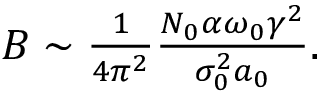
\begin{array} { r } { B \sim \frac { 1 } { 4 \pi ^ { 2 } } \frac { N _ { 0 } \alpha \omega _ { 0 } \gamma ^ { 2 } } { \sigma _ { 0 } ^ { 2 } a _ { 0 } } . } \end{array}